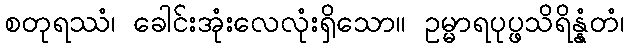
စတုရဿံ၊ ခေါင်းအုံးလေလုံးရှိသော။ ဥမ္မာရပုပ္ဖသိရိန္နံတံ၊